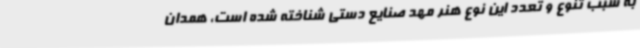
به سبب تنوع و تعدد این نوع هنر مهد صنایع دستی شناخته شده است، همدان